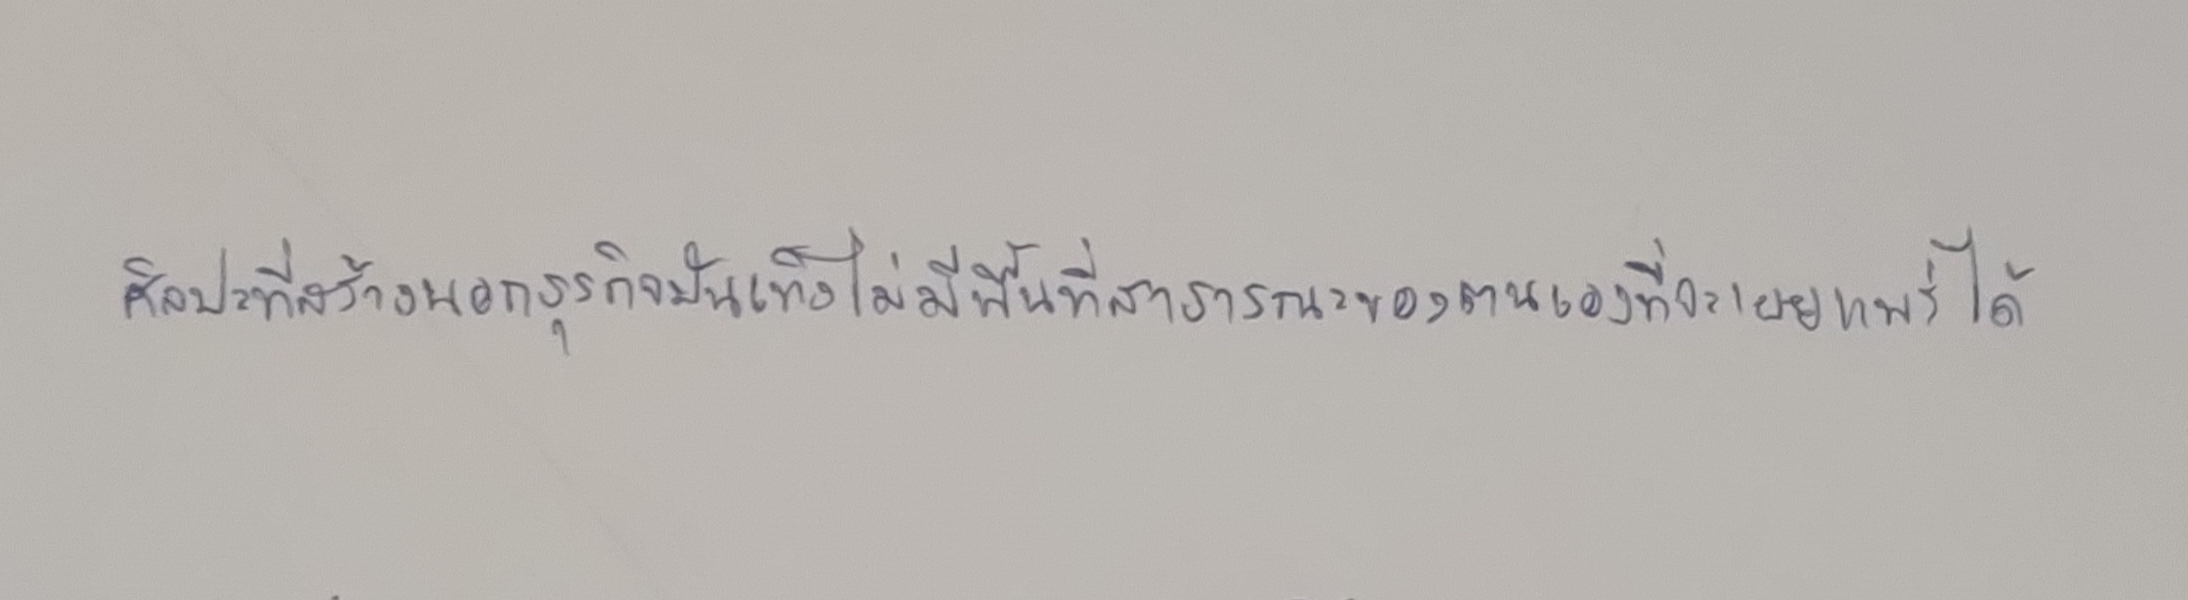
ศิลปะที่สร้างนอกธุรกิจบันเทิงไม่มีพื้นที่สาธารณะของตนเองที่จะเผยแพร่ได้